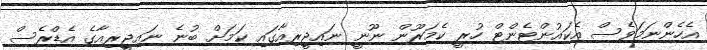
އެހެންނަމަވެސް އެކައުންޓެންޓް ހުރީ ކެމަރޫން ނޫނީ ނައިޖީރިއާގައި ކަމަށް ބުނެ ނައިޖީރިއާގެ އެޑްރެސް